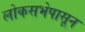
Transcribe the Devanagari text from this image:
लोकसभेपासून